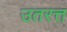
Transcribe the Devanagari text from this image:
उतरत्त